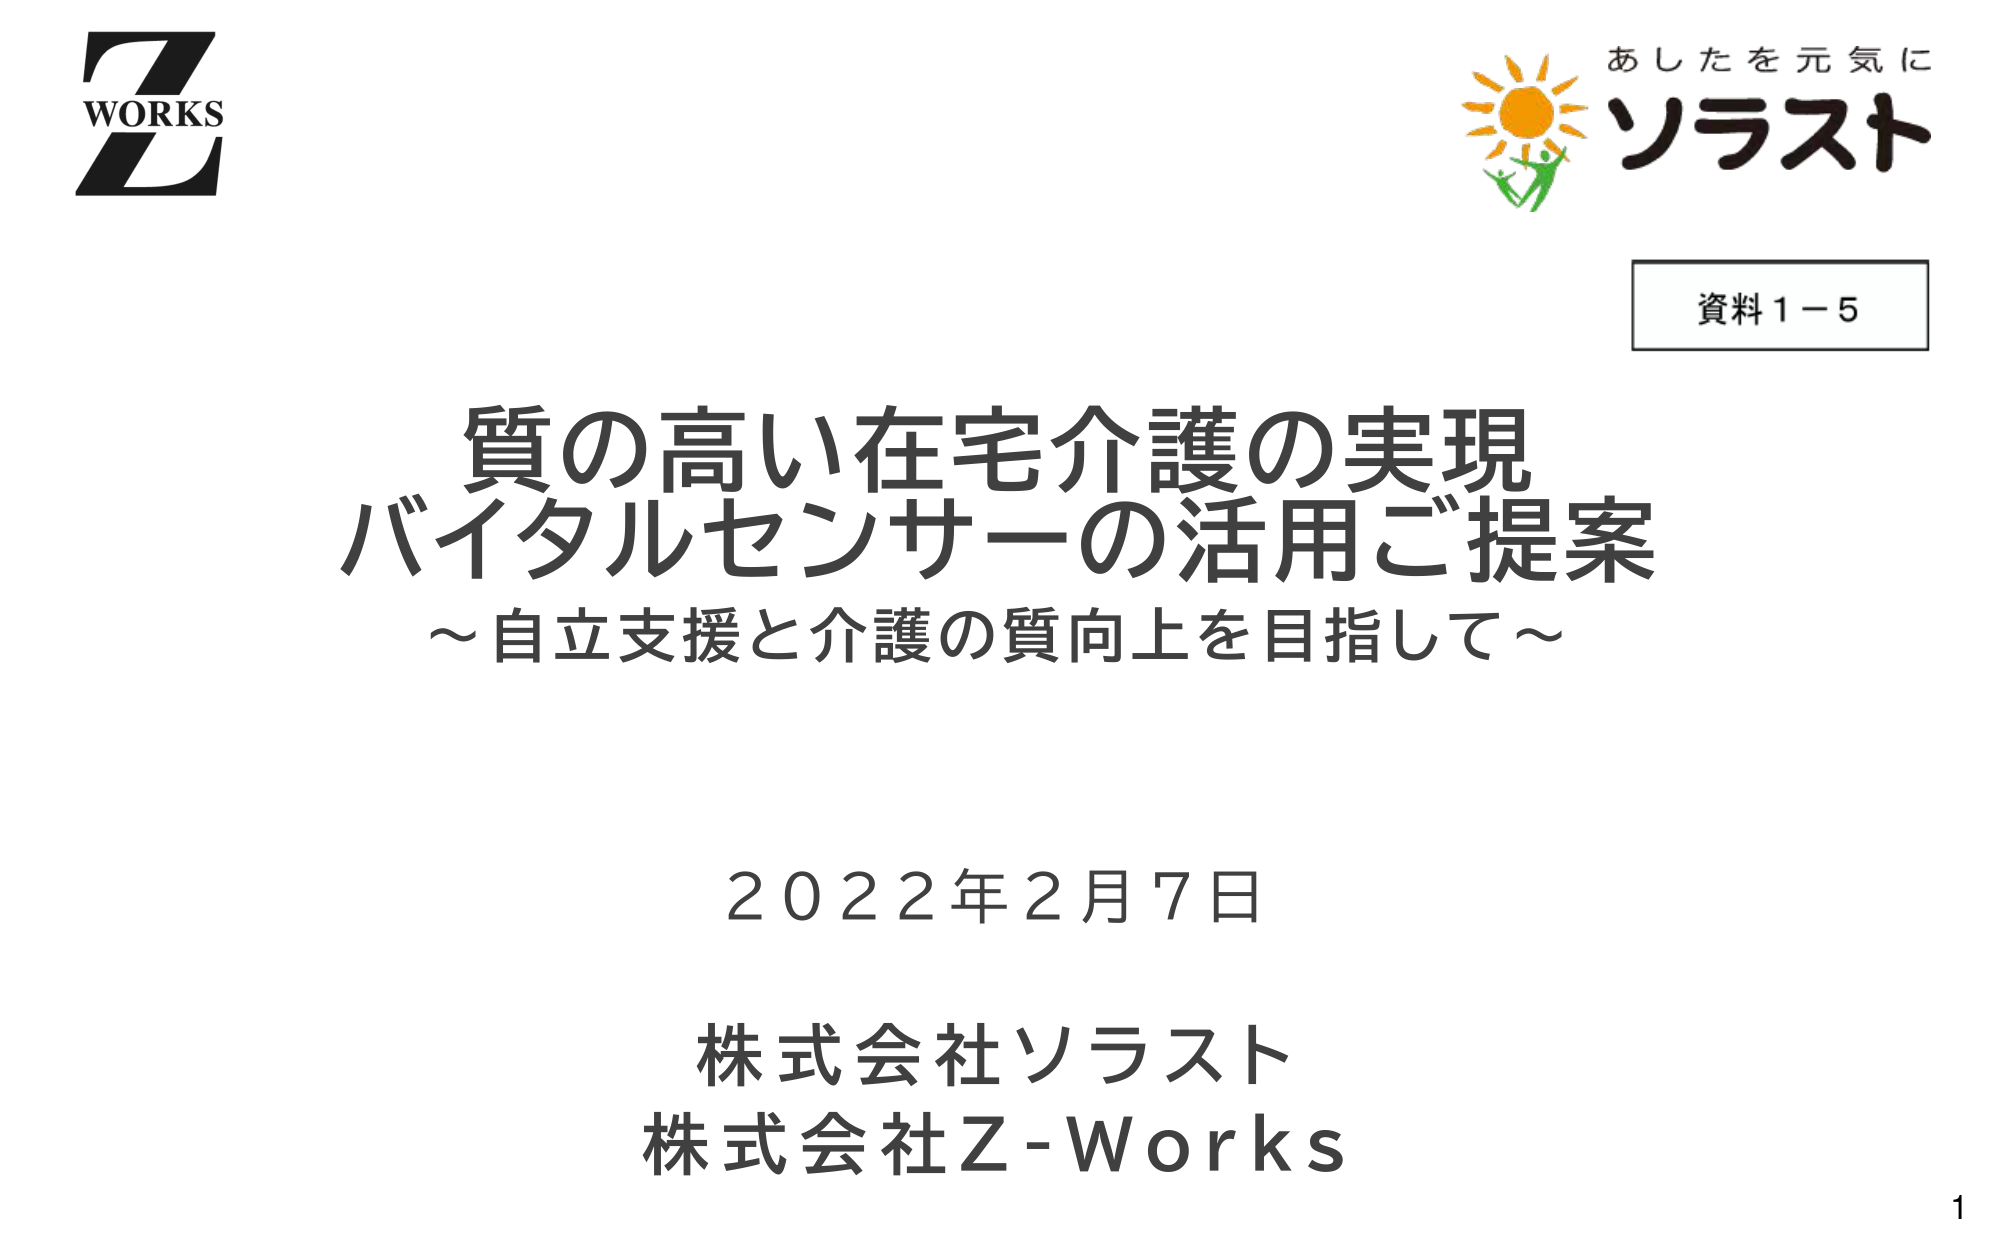
Z
WORKS
Z
あしたを元気に
ソラスト
資料1－5
質の高い在宅介護の実現
バイタルセンサーの活用ご提案
～自立支援と介護の質向上を目指して～
2022年2月7日
株式会社ソラスト
株式会社Z-Works
1